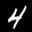
Label: 4